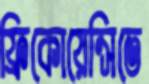
ফ্রিকোয়েন্সিতে